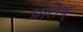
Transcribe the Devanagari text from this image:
प्रतिष्